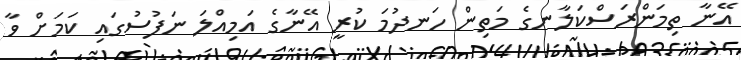
އޭނާ ތިމަންރަސްކަލާނގެ މަތިން ހަނދުމަ ކުރީ އޭނާގެ އަމިއްލަ ނަފުސުގައި ކަމަށް ވާ